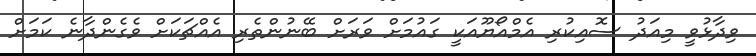
ވިދާޅުވީ މިއަދު ސޮއިކުރި އެމްއޯޔޫއަކީ ގައުމަށް ވަރަށް ބޭނުންތެރި އެއްޗަކަށް ވެގެންދާނެ ކަމަށް